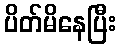
ပိတ်မိနေပြီး